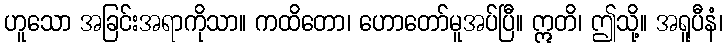
ဟူသော အခြင်းအရာကိုသာ။ ကထိတော၊ ဟောတော်မူအပ်ပြီ။ ဣတိ၊ ဤသို့။ အရူပီနံ၊